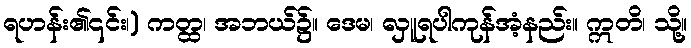
ရဟန်း၏၎င်း၊) ကတ္ထ၊ အဘယ်၌။ ဒေမ၊ လှူရပါကုန်အံ့နည်း။ ဣတိ၊ သို့။